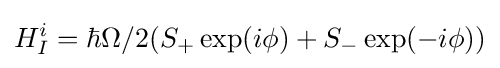
H_{I}^{i}=\hbar \Omega /2(S_{+}\exp(i\phi )+S_{-}\exp(-i\phi ))